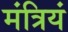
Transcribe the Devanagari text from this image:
मंत्रियं